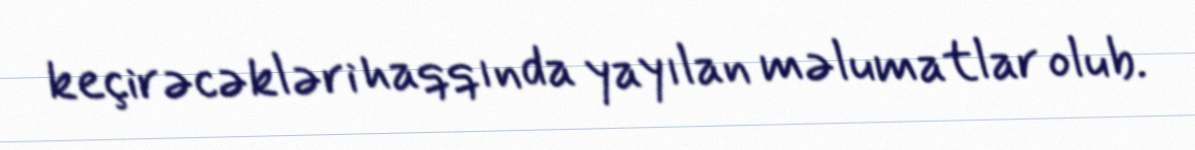
keçirəcəkləri haqqında yayılan məlumatlar olub.